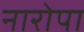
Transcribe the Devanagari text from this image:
नारोपा